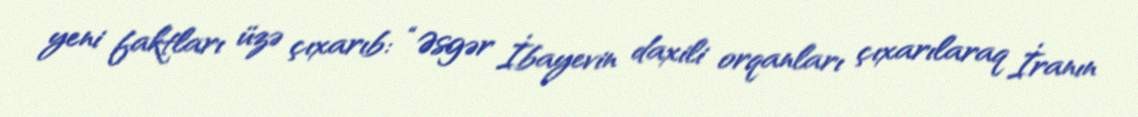
yeni faktları üzə çıxarıb: “Əsgər İbayevin daxili orqanları çıxarılaraq İranın